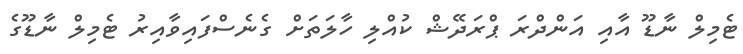
ޓެމިލް ނާޑޫ އާއި އަންދްރަ ޕްރަދޭޝް ކުއްލި ހާލަތަށް ގެނެސްފައިވާއިރު ޓެމިލް ނާޑޫގެ